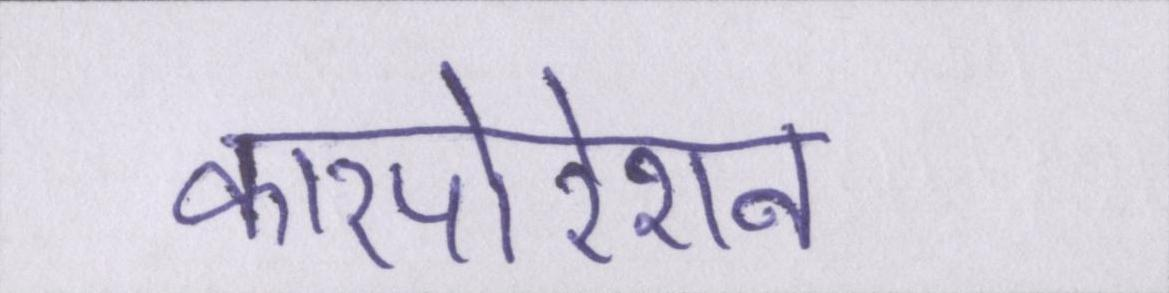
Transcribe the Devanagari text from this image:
कारपोरेशन